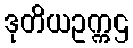
ဒုတိယဥက္ကဌ